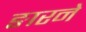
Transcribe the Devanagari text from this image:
ङारने